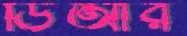
ডিআর